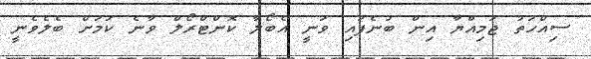
ސިއްހަތު ޖަމިއްޔާ އިން ބުނެފައި ވަނީ އެބޯލާ ކޮންޓްރޯލް ވާނެ ކަމަށް ބެލެވެނީ